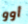
أوو